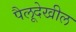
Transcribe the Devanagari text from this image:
पैलूदेखील